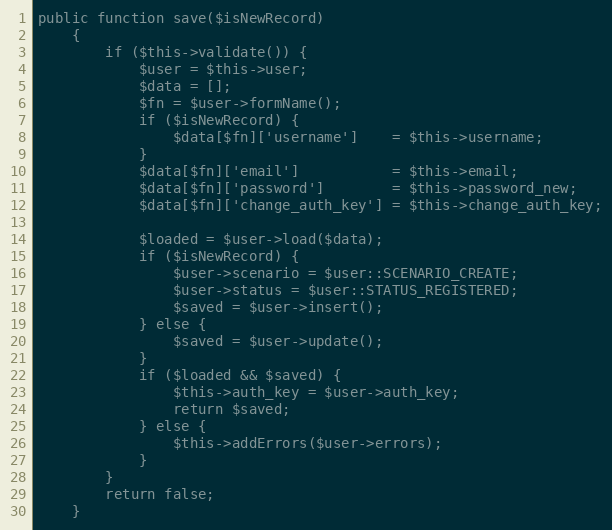
Language: PHP
public function save($isNewRecord)
    {
        if ($this->validate()) {
            $user = $this->user;
            $data = [];
            $fn = $user->formName();
            if ($isNewRecord) {
                $data[$fn]['username']    = $this->username;
            }
            $data[$fn]['email']           = $this->email;
            $data[$fn]['password']        = $this->password_new;
            $data[$fn]['change_auth_key'] = $this->change_auth_key;

            $loaded = $user->load($data);
            if ($isNewRecord) {
                $user->scenario = $user::SCENARIO_CREATE;
                $user->status = $user::STATUS_REGISTERED;
                $saved = $user->insert();
            } else {
                $saved = $user->update();
            }
            if ($loaded && $saved) {
                $this->auth_key = $user->auth_key;
                return $saved;
            } else {
                $this->addErrors($user->errors);
            }
        }
        return false;
    }